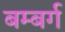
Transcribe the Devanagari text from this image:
बम्बर्ग